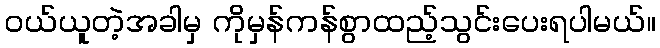
ဝယ်ယူတဲ့အခါမှ ကိုမှန်ကန်စွာထည့်သွင်းပေးရပါမယ်။